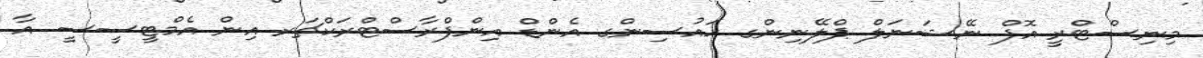
މިނިސްޓްރީ އޮފް ނޭޝަނަލް ޕްލޭނިންގ ހައުސިންގ އެންޑް އިންފްރާސްޓްރަކްޗަރ އިން އެމްޓީސީސީ އާ